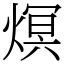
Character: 熐